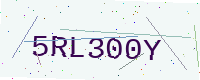
Text: 5RL300Y